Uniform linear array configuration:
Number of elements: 48
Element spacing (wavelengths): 0.75
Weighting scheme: kaiser
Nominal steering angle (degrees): -15
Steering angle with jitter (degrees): -16.766
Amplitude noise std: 0.05
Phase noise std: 0.05

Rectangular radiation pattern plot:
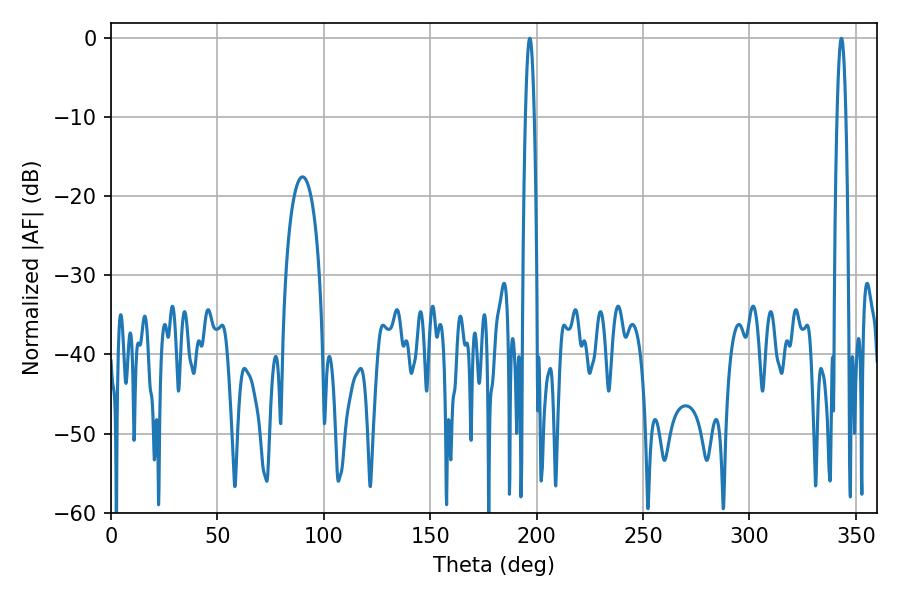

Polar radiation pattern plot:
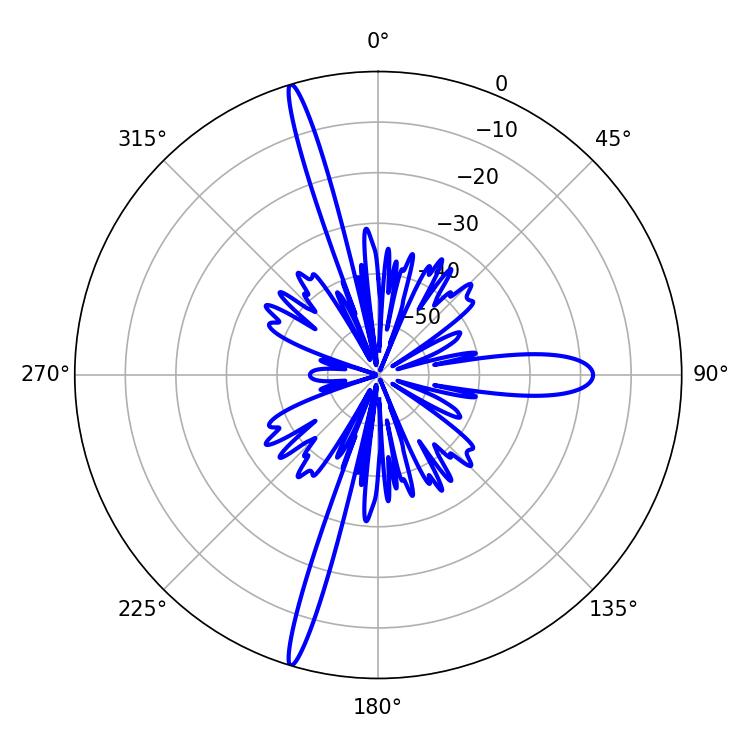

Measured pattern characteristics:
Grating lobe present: TRUE
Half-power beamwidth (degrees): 2.16
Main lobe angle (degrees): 196.74